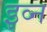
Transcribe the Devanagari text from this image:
इव्न